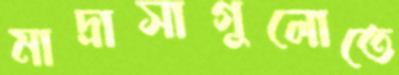
মাদ্রাসাগুলোতে